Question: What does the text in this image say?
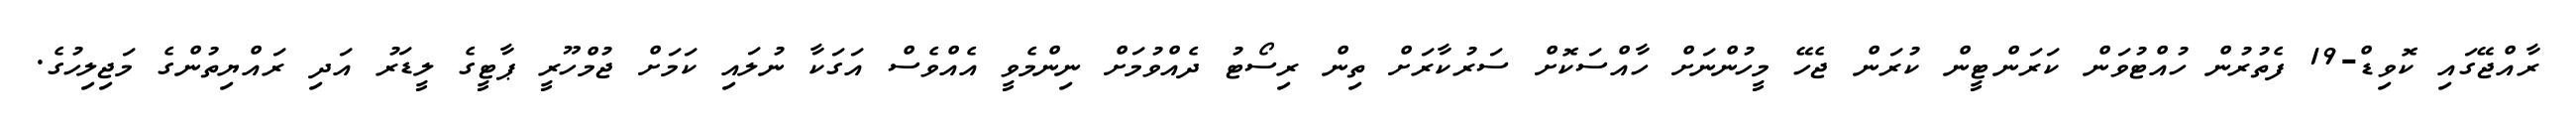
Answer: ރާއްޖޭގައި ކޮވިޑް-19 ފެތުރުން ހުއްޓުވަން ކަރަންޓީން ކުރަން ޖެހޭ މީހުންނަށް ހާއްސަކޮށް ސަރުކާރަށް ތިން ރިސޯޓު ދެއްވުމަށް ނިންމެވީ އެއްވެސް އަގަކާ ނުލައި ކަމަށް ޖުމްހޫރީ ޕާޓީގެ ލީޑަރު އަދި ރައްޔިތުންގެ މަޖިލިހުގެ.